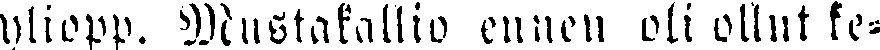
yliopp. Mustakallio ennen oli ollut ke-